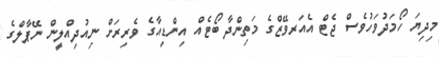
މިދިޔަ ހޯމަދުވަހުވެސް ޖެޓް އެއަރވޭޒްގެ މަތިންދާ ބޯޓެއް އިންޑިއާގެ ވެރިރަށް ނިއުދިއްލީން ނޭޕާލްގެ